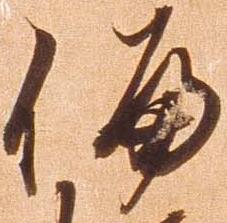
偏